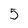
Character: 5